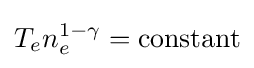
T_{e}n_{e}^{1-\gamma }={\text{constant}}